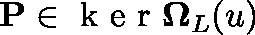
\mathbf { P } \in \mathrm { ~ k ~ e ~ r ~ } \mathbf { \Omega } _ { L } ( \mathfrak { u } )